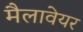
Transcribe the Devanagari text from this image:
मैलावेयर